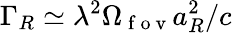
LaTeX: \Gamma_{R}\simeq\lambda^{2}\Omega_{\mathrm{~f~o~v~}}a_{R}^{2}/c